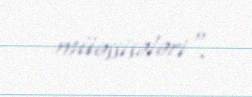
müəssisələri".